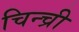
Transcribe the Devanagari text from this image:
चिन्च्री